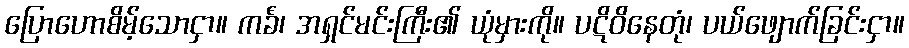
ပြောဟောစိမ့်သောငှာ။ ကင်္ခံ၊ အရှင်မင်းကြီး၏ ယုံမှားကို။ ပဋိဝိနေတုံ၊ ပယ်ဖျောက်ခြင်းငှာ။